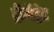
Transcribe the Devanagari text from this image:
ट्रीनैट्रेट